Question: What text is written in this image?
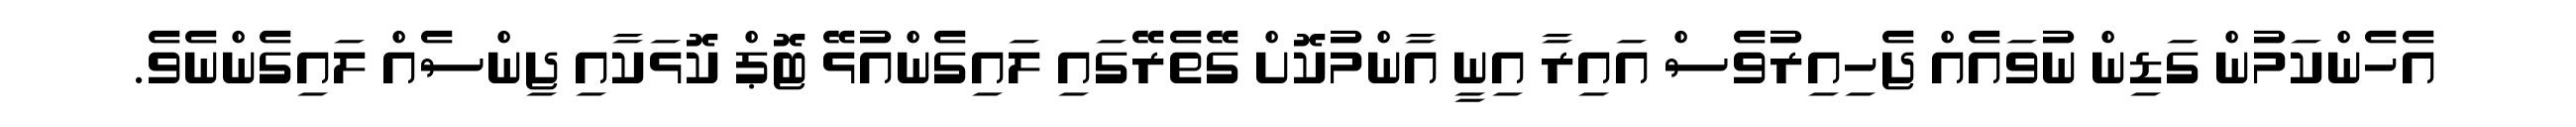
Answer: އެހެންކަމުން ގަޑިން ނުވައެއް ޖެހިއިރުވެސް އައިރާ އިނީ އާންމުކޮށް ގޭތެރޭގައި ލައިގެންއުޅޭ ޓޮޕް ކޮޅަކާއި ޖިންސެއް ލައިގެންނެވެ.